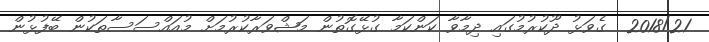
2018/21  ގެވަޅު ދޫކުރުމުގައި ދިމާވާ ކަންކަމާ ގުޅޭގޮތުން މަޝްވަރާކުރުމަށް މުއައްސަސާތަކުން ބޭފުޅުން